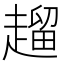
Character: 𧽖